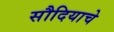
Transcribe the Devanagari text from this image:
सौदियाचे